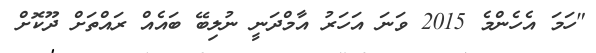
"ހަމަ އެހެންމެ 2015 ވަނަ އަހަރު އާމްދަނީ ނުލިބޭ ބައެއް ރައްތަށް ދޫކޮށް